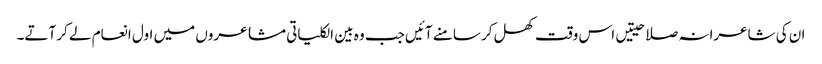
ان کی شاعرانہ صلاحیتیں اس وقت کھل کر سامنے آئیں جب وہ بین الکلیاتی مشاعروں میں اول انعام لے کر آتے۔